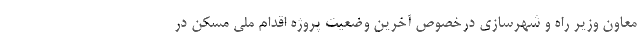
معاون وزیر راه و شهرسازی درخصوص آخرین وضعیت پروژه اقدام ملی مسکن در